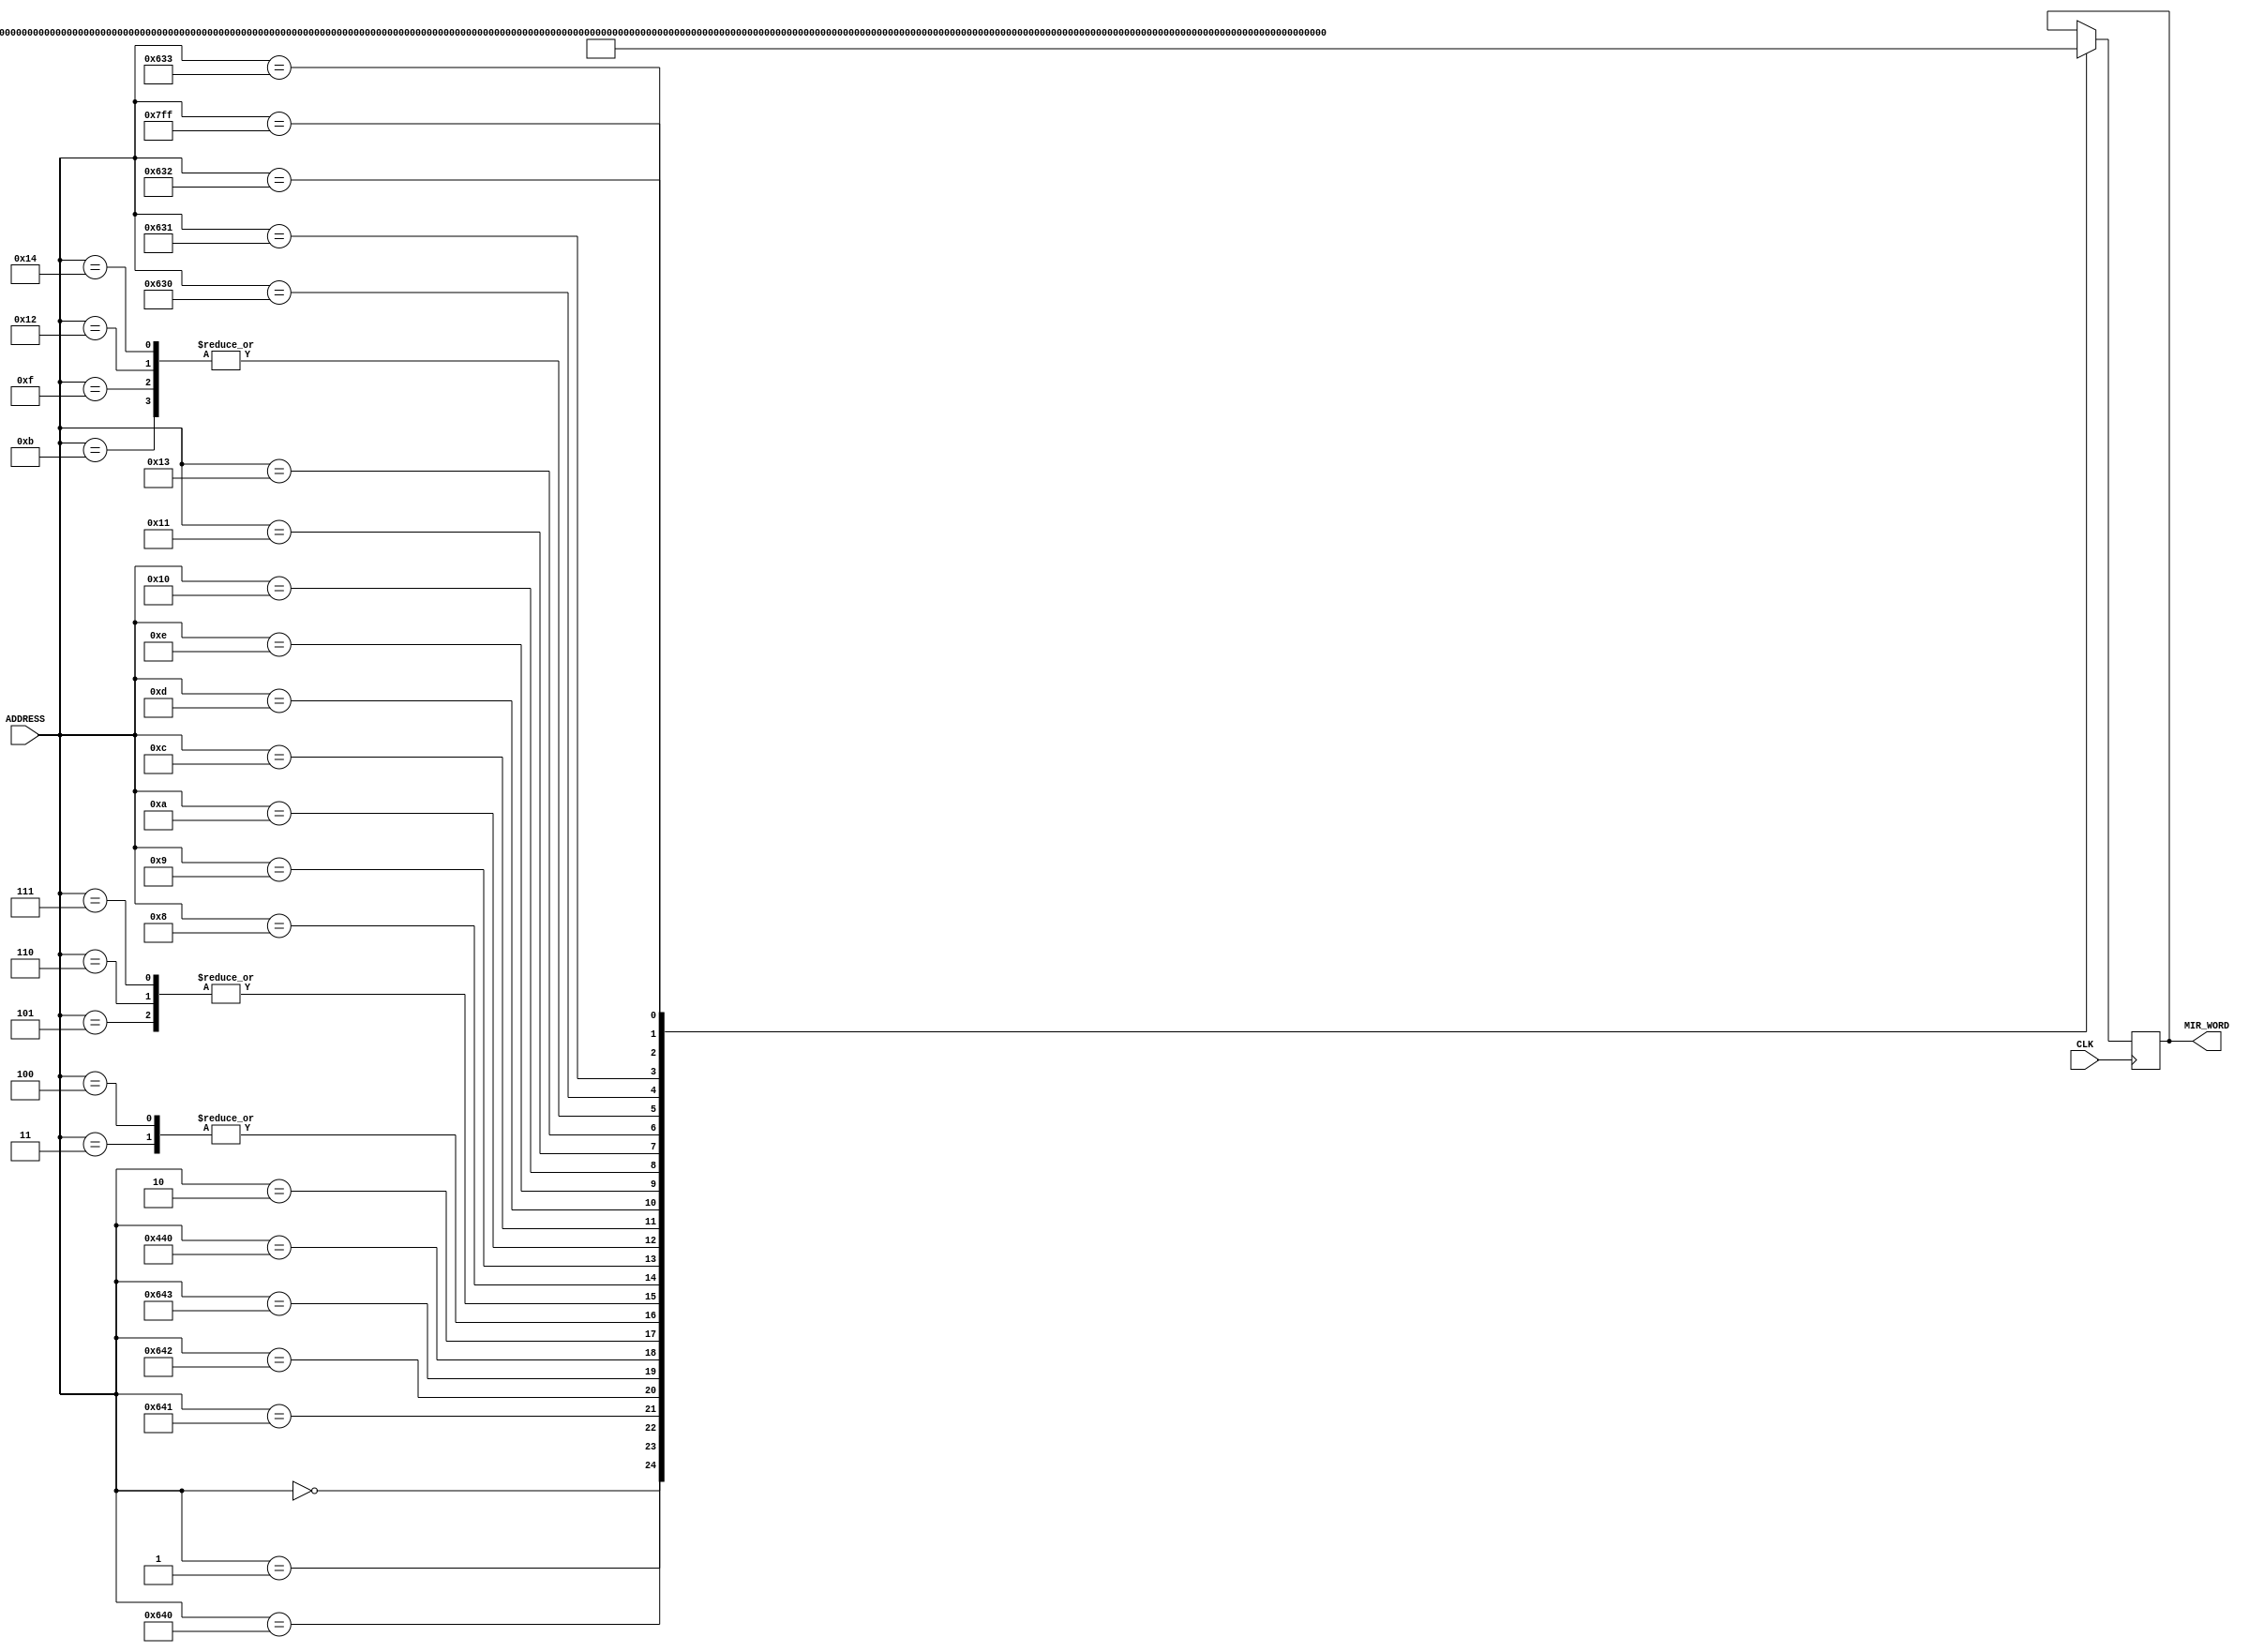

//=======================================================
//  MODULE Definition
//=======================================================
module MIR #(parameter DATAWIDTH_BUS_ADDRESS=11, DATAWIDTH_BUS_WORD=41)
(
	//////////// OUTPUTS //////////
	MIR_WORD,
	//////////// INPUTS //////////
	CLK,
	ADDRESS,
);
//=======================================================
//  PARAMETER declarations
//=======================================================

//=======================================================
//  PORT declarations
//=======================================================
	input		 CLK;
	input		[DATAWIDTH_BUS_ADDRESS-1:0] ADDRESS;
	
	output	[DATAWIDTH_BUS_WORD-1:0] MIR_WORD;
//=======================================================
//  REG/WIRE declarations
//=======================================================

	reg [DATAWIDTH_BUS_WORD-1:0] MIR_Register;
	reg [DATAWIDTH_BUS_WORD-1:0] MIR_Signal;

//=======================================================
//  Structural coding
//=======================================================
//INPUT LOGIC: COMBINATIONAL
	always@(ADDRESS)
		begin
			case (ADDRESS)

				11'd0    : MIR_Signal = 41'b00011000001100000111010010100000000000000; // Inicializar
				11'd1    : MIR_Signal = 41'b00000000000000000000000010111100000000000; // Decode
			
				// ADDCC
				11'd1600 : MIR_Signal = 41'b00000000000000000000000010110111001000010;//
				11'd1601 : MIR_Signal = 41'b00000010000001000000100001111011111111111; // 
				11'd1602 : MIR_Signal = 41'b00011100000000000101000110000000000000000; // 
				11'd1603 : MIR_Signal = 41'b00000010001010000000100001111011111111111; // 

				//be-ba
				11'd1088 : MIR_Signal = 41'b00000000000000000000000010111000000000010;// 
				11'd2	   : MIR_Signal = 41'b00011100000000000101000101000000000000000;//
				11'd3    : MIR_Signal = 41'b00010100000000000101000111100000000000000;// 
				11'd4    : MIR_Signal = 41'b00010100000000000101000111100000000000000;// 
				11'd5    : MIR_Signal = 41'b00011100000000000111000111100000000000000;// 
				11'd6	   : MIR_Signal = 41'b00011100000000000111000111100000000000000;//
				11'd7    : MIR_Signal = 41'b00011100000000000111000111100000000000000;//
				11'd8    : MIR_Signal = 41'b00011100001110000111000100010100000001100;// 
				11'd9    : MIR_Signal = 41'b00011100001110000111000100010100000001101;// 
				11'd10	: MIR_Signal = 41'b00011100001110000111000100001000000001100;//
				11'd11   : MIR_Signal = 41'b00000000000000000000000010111011111111111;// 
				11'd12   : MIR_Signal = 41'b00011000001010000110000100011000000000000;// 
				11'd13   : MIR_Signal = 41'b00011100001110000111000100010100000010000;// 
				11'd14   : MIR_Signal = 41'b00000000000000000000000010110000000001100;//
				11'd15   : MIR_Signal = 41'b00000000000000000000000010111011111111111;// 
				11'd16   : MIR_Signal = 41'b00000000000000000000000010110100000010011;// 
				11'd17   : MIR_Signal = 41'b00000000000000000000000010100100000001100;//
				11'd18   : MIR_Signal = 41'b00000000000000000000000010111011111111111;// 
				11'd19   : MIR_Signal = 41'b00000000000000000000000010101100000001100;// 
				11'd20   : MIR_Signal = 41'b00000000000000000000000010111011111111111;// 
				
				// SUBCC
				11'd1584 : MIR_Signal = 41'b00011100000000000101000110010111000110010;//
				11'd1585 : MIR_Signal = 41'b00000000000001000101000100000000000000000;// 
				11'd1586 : MIR_Signal = 41'b00010100000000000101000011100000000000000;//
				11'd1587 : MIR_Signal = 41'b00010100000000000101000110111011001000011;// 
				
				11'd2047 : MIR_Signal = 41'b00011000000000000110000111011000000000000;
				
				default: MIR_Signal = MIR_Register; // 
			endcase
		end
		
//STATE REGISTER: SEQUENTIAL
	always @(posedge CLK)
	begin
			MIR_Register <= MIR_Signal;
	end
//=======================================================
//  Outputs
//=======================================================
// OUTPUT LOGIC : COMBINATIONAL
assign MIR_WORD = MIR_Register;

endmodule